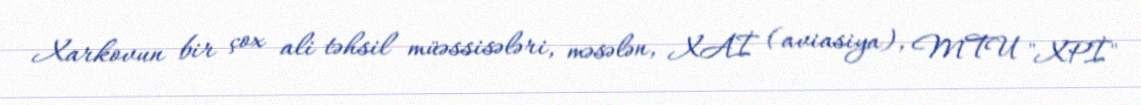
Xarkovun bir çox ali təhsil müəssisələri, məsələn, XAİ (aviasiya), MTU "XPİ"